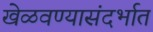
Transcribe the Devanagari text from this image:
खेळवण्यासंदर्भात